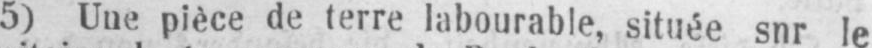
5) Une pièce de terre labourable, située snr le